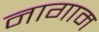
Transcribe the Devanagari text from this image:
नागाम